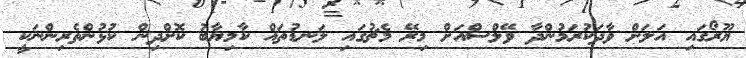
ޔޫރޯގައި އަލަށް ވާދަކުރަމުންދާ ވޭލްސްއަށް މިރޭ މެޗުގައި ލަނޑުތައް ކާމިޔާބު ކޮށްދިން ކުޅުންތެރިންނަކީ